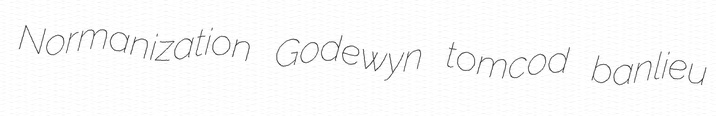
Normanization Godewyn tomcod banlieu